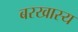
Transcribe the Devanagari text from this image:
बरखास्य